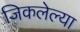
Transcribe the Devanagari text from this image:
जिकलेल्या